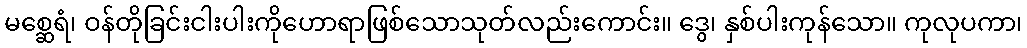
မစ္ဆေရံ၊ ဝန်တိုခြင်းငါးပါးကိုဟောရာဖြစ်သောသုတ်လည်းကောင်း။ ဒွေ၊ နှစ်ပါးကုန်သော။ ကုလုပကာ၊